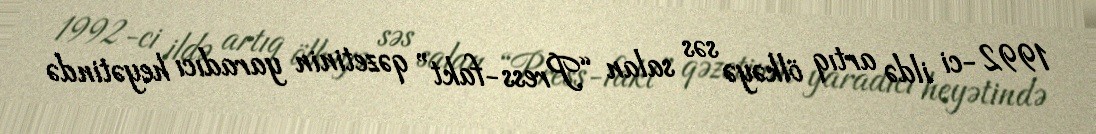
1992-ci ildə artıq ölkəyə səs salan “Press-fakt” qəzetinin yaradıcı heyətində